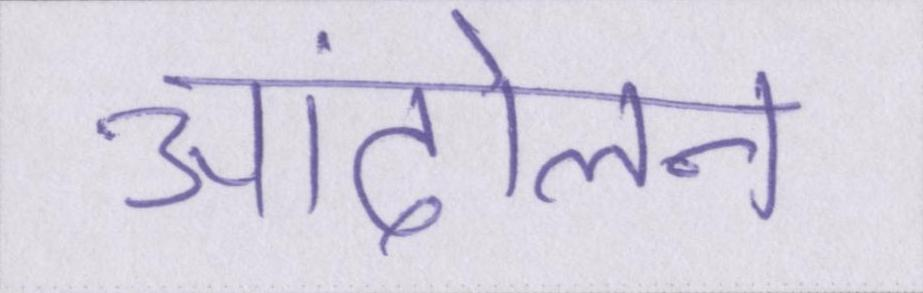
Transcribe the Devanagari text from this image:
आंदोलन